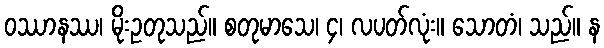
ဝဿာနဿ၊ မိုးဥတုသည်။ စတုမာသေ၊ ၄၊ လပတ်လုံး။ သောတံ၊ သည်။ န